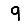
Digit: 9